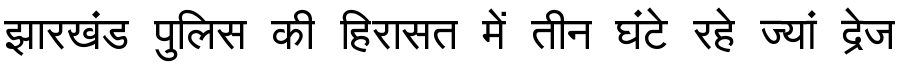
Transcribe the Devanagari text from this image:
झारखंड पुलिस की हिरासत में तीन घंटे रहे ज्यां द्रेज